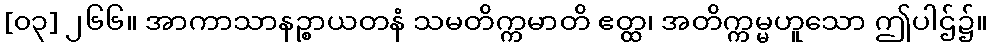
[၀၃] ၂၆၆။ အာကာသာနဉ္စာယတနံ သမတိက္ကမာတိ ဧတ္ထ၊ အတိက္ကမ္မဟူသော ဤပါဌ်၌။